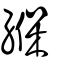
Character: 緥